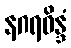
နဂရဝိန္ဒံ